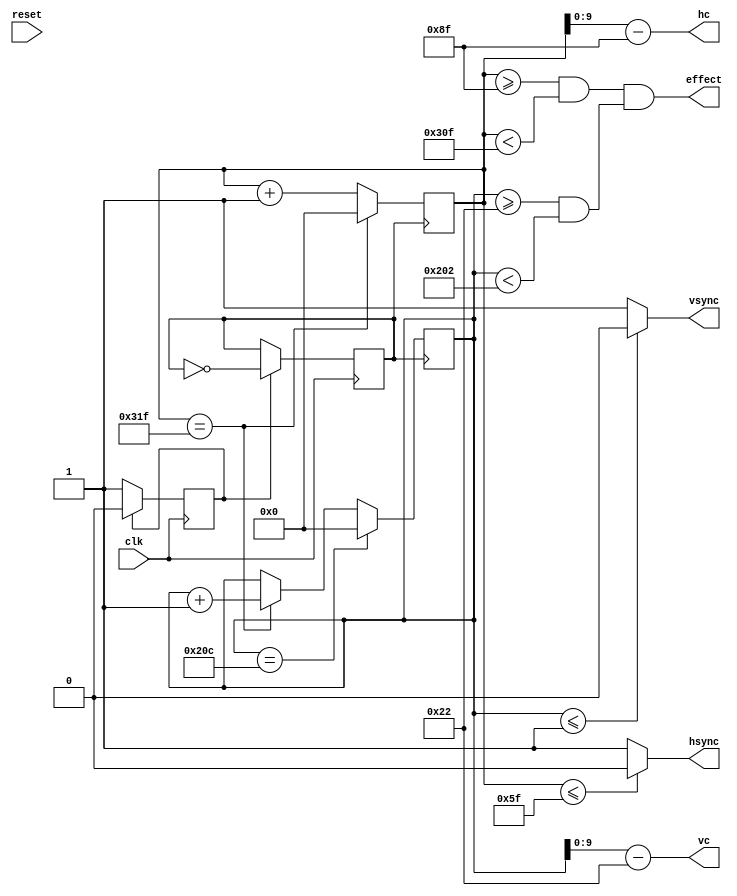
module vga(clk,reset,hsync,vsync,hc,vc,effect);
input clk;
input reset;

output hsync; 
output vsync; 
output [9:0]hc ,vc;
output effect;

parameter 
hsync_end = 10'd95, 
hdat_begin = 10'd143,
hdat_end = 10'd783,
hpixel_end = 10'd799,
vsync_end = 10'd1,
vdat_begin = 10'd34,
vdat_end = 10'd514,
vline_end = 10'd524;

//25MHz
reg cnt_clk=0;
reg vga_clk=0;
always @(posedge clk)
begin
    if(cnt_clk == 1)
    begin
        vga_clk <= ~vga_clk;
        cnt_clk <= 0;
    end
    else
        cnt_clk <= 1;
end

//vga
reg [12:0] hcount; //
reg [12:0] vcount; //
always @(posedge vga_clk)//
begin
if (hcount==hpixel_end)
    hcount <= 12'd0;
else
    hcount <= hcount + 12'd1;
end

assign hsync=(hcount<=hsync_end)?1'b0:1'b1;

always @(posedge vga_clk)//
begin
if(vcount==vline_end)
    vcount<=1'b0;
else if(hcount==hpixel_end)
    vcount<=vcount+1;
end

assign vsync=(vcount<=vsync_end)?1'b0:1'b1;

//
assign effect = ((hcount >= hdat_begin) && (hcount < hdat_end))&& ((vcount >= vdat_begin) && (vcount < vdat_end));

//640 x 480
assign hc = hcount - hdat_begin;
assign vc = vcount - vdat_begin;

endmodule